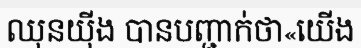
ឈុនយ៉ីង បានបញ្ជាក់ថា«យើង